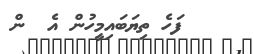
ފަހެ ތިޔަބައިމީހުން އެ  ން